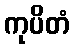
ကုပိတံ